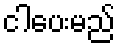
ငါပေးမည်